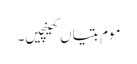
موم بتیاں کھینچیں۔